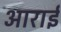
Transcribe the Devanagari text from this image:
आराई